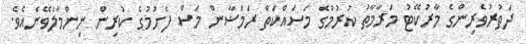
ދަތުރުވެރިންގެ މާރުކޭޓު މަރާމާތު ކުރުމުގެ މަސައްކަތް ރަމަޟާން މަސް ފެށުމުގެ ކުރިން ނިންމާލެވޭނެއެވެ.